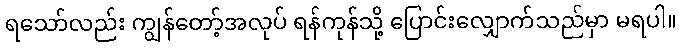
ရသော်လည်း ကျွန်တော့်အလုပ် ရန်ကုန်သို့ ပြောင်းလျှောက်သည်မှာ မရပါ။